King Institute of Preventive Medicine Micro-Biological Section reports 1909-11
Year: 1909
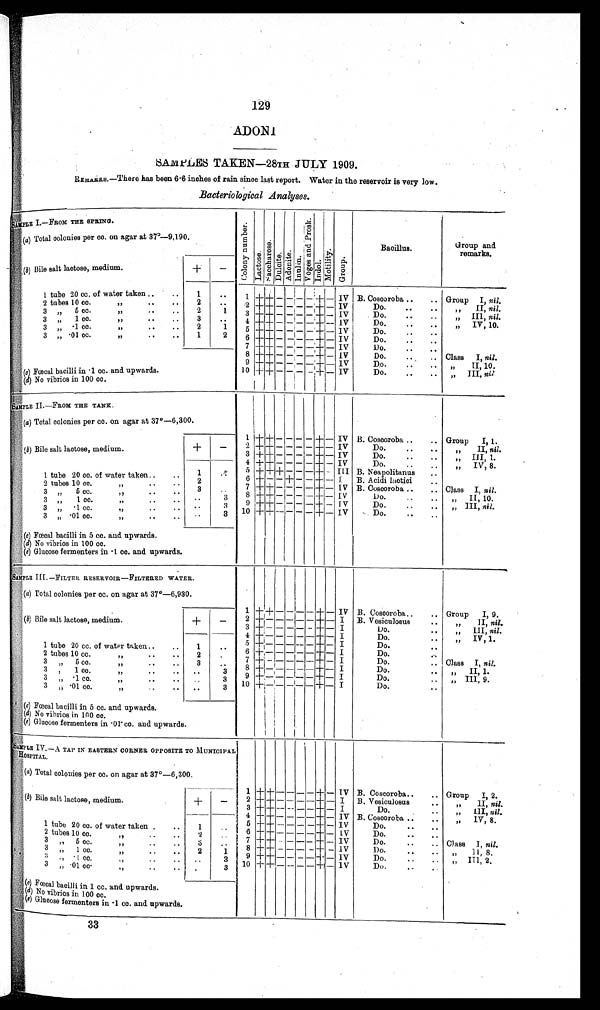
129
ADONI
S A M P L E S T A K E N — 2 8 T H J U L Y 1 9 0 9 .
REMARKS.—There has been 6.6 inches of rain since last report. Water in the reservoir is very low.
Bacteriological Analyses.
SAMPLE I.—FROM THE SPRING.
C o l o n y n u m b e r .
L a c t o s e .
S a c c h a r o s e .
D u l c i t e . A d o n i t e .
I n u l i n .
V o g e s a n d P r o s k .
I n d o l .
M o t i l i t y .
G r o u p .
Bacillus.
Group and
remarks.
(a) Total colonies per cc. on agar at 37°—9,190.
(b) Bile salt lactose, medium.
+ -
1 tube 20 cc, of water taken.. .. 1 .. 1 + + - - - - + - IV B. Coscoroba.. .. Group I, n i l .
2
2 tubes 10 cc.
" .. ..
. . 2 + + - - - - + - IV Do.
. .
. .
" II, nil.
2 1 3
3 " 5 cc.
"
. ..
.
+ + - - - - + - IV Do. .. .. " III, n i l .
3 1 cc.
" .. .. 3 . . 4 + + - - - - + - IV Do.
. .
. .
" IV, 10.
"
1
2
3 " .1 cc.
" .. ..
5 + + - - - - + - IV Do. .. ..
2
1
3 " . 0 1 c c .
"
. ..
.
6 + + - - - - + - IV Do.
. .
. .
7 + + - - - - + - IV Do.
. .
. .
8 + + - - - + - IV Do. .. .. Class I, nil.
9 + + - - - - + - IV Do. .. .. " II, 10,
( c) Fœcal bacilli in .1 cc. and upwards.
10 + + - - - - + - IV Do.
. .
. .
" III, n i l .
(d) No vibrios in 100 cc.
i1
SAMPLE II.—FROM THE TANK.
(a ) Total colonies per cc. on agar at 37°—6,300.
1 + + - - - - + - IV B. Coscoroba.. . . Group I , 1.
(b) Bile salt lactose, medium.
+ - 2 + + - - - - + - IV Do.
. .
. .
" II, nil.
3 + + - - - - + - IV Do.
. .
. .
III, 1.
"
4 + + - - - - + - IV Do.
. .
. .
" IV, 8.
1 tube 20 cc.of water taken.. .. 1 . . 5 + + + - - - + - III B. Neapolitanus . .
2
6 ± - - ± - - + - I B. Acidi lactici . .
2 tubes 10 cc.
" . .
. .
7 + + - - - - + - IV B. Coscoroba.. . . Class I, nil.
3
3 " 5 cc.
" . .
. .
.. 8 + + - - - - + - IV Do. .. .. " II, 10.
3
. .
3 " 1 cc.
" . .
. .
9 + + - - - - + - IV Do. .. .. " III, nil.
3
3 " .1 cc.
" . .
. . . .
10 + + - - - - + - IV Do.
. .
. .
3
3 .01 cc.
" .. . .
"
( e) Fœcal bacilli in 5 cc. and upwards.
(d) No vibrios in 100 cc.
(e ) Glucose fermenters in .1 cc. and upwards.
SAMPLE III.—FILTER RESERVOIR—FILTERED WATER.
(a) Total colonies per cc. on agar at 37°—6,930.
1 + + - - - - + - IV B. Coscoroba.. . . Group I, 9.
(b) Bile salt lactose, medium.
+ - 2 +
- - - - - + - I B. Vesiculosus
. . " II, nil.
3 + - - - - - + - I
Do.
. . " III, nil.
1 tube 20 cc. of water taken.. .. 1 ..
4 + - - - - - + - I Do.
. . " IV, 1.
5 + - - - - - + - I Do.
. .
6 + - - - - - + - I
Do.
. .
2 10 cc.
2
tubes
"
. . . .
. . 7 + - - - - - + - I
Do.
.. Class I, nil.
3 5 cc.
3
"
" . .
. .
. . 8 + - - - - - + - I
Do.
. . " II, 1.
3 1 cc.
..
9 ±,- - - - - + - I
Do.
..
I I I .
" ,
" . .
. .
9.
„
3
3 .1 ce.
"
"
. .
. .
1 0 + - - - - + - I
Do.
. .
3
3 .01 cc.
..
"
. .
. .
,
(e) Fœcal bacilli in 5 cc. and upwards.
( d) No vibrios in 100 cc.
( e) Glucose fermenters in .01. cc. and upwards.
,
S A M P L E I V . — A T A P I N E A S T E R N C O R N E R O P P O S I T E T O M U N I C I P A L
HOSPITAL.
.
1
(a) Total colonies per cc. on agar at 37°—6,300.
1 + + — - - - + - IV B. Coscoroba.. .. Group I , 2.
(b) Bile salt lactose, medium.
+
- 2 + + - - - - + - I B. Vesiculosus . " II, nil.
3 + + - - - - + - I
Do.
. .
III, nil.
"
1 tube 20 cc.of water taken.. . . 1
4 + + - - - - + - IV B. Coscoroba.. . .
IV, 8.
"
5 + + - - - - + - IV Do.
. .
. .
.. 6 + + - - - - + - IV Do.
. .
. .
2 10 cc.
2
tubes
,1 .. ..
nil.
I,
7 + + - - - - + - IV Do. .. .. Class
5 CC
,",
" . .
' - 8 + + - - - - ± - IV Do.
..
" I I , 8,
3 1 CO.
2 1
" , ,
" . . . .
9 ± ± - - - - -I- - IV Do.
. .
. . 7 7 IT1, 2.
4 + ,
3
. 1 c c .
.
.
1 0 + + - - - - + - IV
" . 2
" . .
Do. ..
3
f ,
.01 cc.
.
" , ,
„
. .
. .
,
I
( c) Fœcal bacilli in 1 cc. and upwards.
( d ) No vibrios in 100 cc.
( e ) G l u c o s e f e r m e n t e r s i n . 1 c c . a n d u p w a r d s .
33